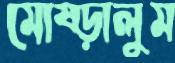
মোষ্‌ড়ালুম